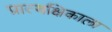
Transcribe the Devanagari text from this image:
प्रात्यक्षिकाला